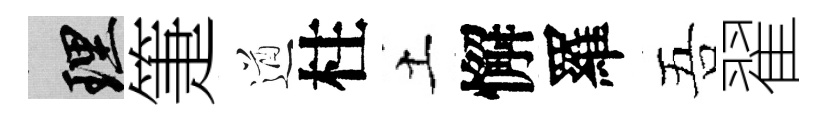
理箑遒柱土懈羅吾翟